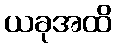
ယခုအထိ